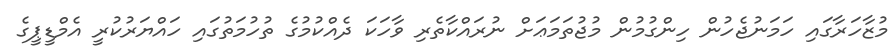
މުޒާހަރާގައި ހަމަނުޖެހުން ހިންގުމުން މުޖުތަމަޢަށް ނުރައްކާތެރި ވާހަކަ ދެއްކުމުގެ ތުހުމަތުގައި ހައްޔަރުކުރީ އެމްޑީޕީގެ